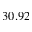
3 0 . 9 2